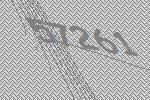
57261